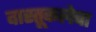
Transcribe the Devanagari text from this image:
वास्तूकलेचा